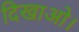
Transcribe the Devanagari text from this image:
दिखाओ।